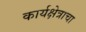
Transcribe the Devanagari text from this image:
कार्यक्षेत्राचा